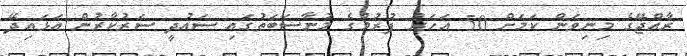
ރާއްޖޭގެ މިނިވަން ކަމަށް 50 އަހަރު ފުރުމުގެ މުނާސަބަތުގައި ސައުދީ ސަރުކާރުން އަޅައިދޭ